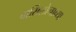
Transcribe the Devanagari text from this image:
बार्सिलोनाच्या